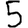
Digit: 5